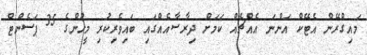
މައިގްރޭން އެޓޭކް އަންނަ އެއްޗެއް ކަމަށް ދިރާސާއެއްގައި ބައިވެރިކުރި މީހުންގެ 35 ޕަސެންޓް